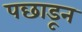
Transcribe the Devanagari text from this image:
पछाडून